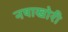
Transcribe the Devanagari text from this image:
नषाखोरी